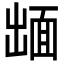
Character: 𮧋